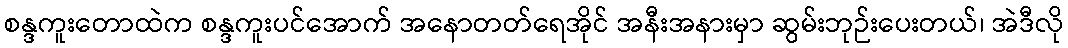
စန္ဒကူးတောထဲက စန္ဒကူးပင်အောက် အနောတတ်ရေအိုင် အနီးအနားမှာ ဆွမ်းဘုဉ်းပေးတယ်၊ အဲဒီလို